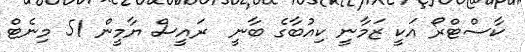
ކާސްޓްރޯ އަކީ ޒަމާނީ ކިއުބާގެ ބާނީ  ރައީސް ޔާމީން 51 މިނެޓް